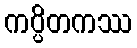
ကပ္ပိတကဿ